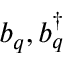
b _ { q } , b _ { q } ^ { \dagger }